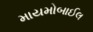
માયમોબાઈલ